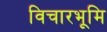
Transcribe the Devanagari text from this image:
विचारभूमि